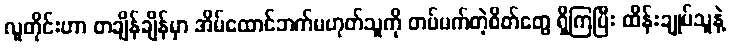
လူတိုင်းဟာ တချိန်ချိန်မှာ အိမ်ထောင်ဘက်မဟုတ်သူကို တပ်မက်တဲ့စိတ်တွေ ရှိကြပြီး ထိန်းချုပ်သူနဲ့